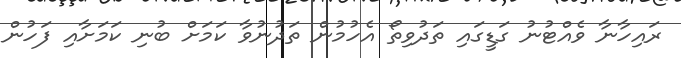
ރައިހާނާ ވެއްޓުނު ގަޑީގައި ތަދުވިތޯ އެހުމުން ތަދުނުވާ ކަމަށް ބުނި ކަމަށާއި ފަހުން